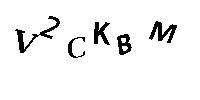
V2CKBM